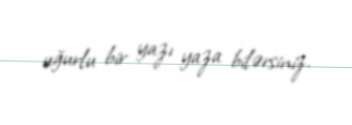
uğurlu bir yazı yaza bilərsiniz.